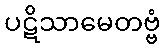
ပဋိသာမေတဗ္ဗံ